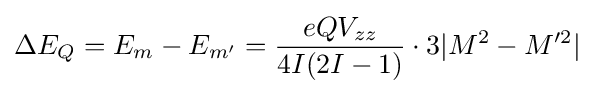
\Delta E_{Q}=E_{m}-E_{m'}={\frac {eQV_{zz}}{4I(2I-1)}}\cdot 3|M^{2}-M'^{2}|